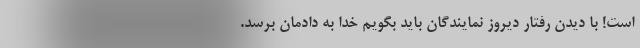
است! با دیدن رفتار دیروز نمایندگان باید بگویم خدا به دادمان برسد.